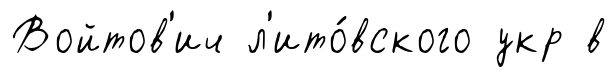
Войтов'ич л'ито́вского укр в